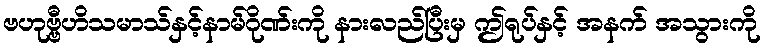
ဗဟုဗ္ဗီဟိသမာသ်နှင့်နာမ်ဂိုဏ်းကို နားလည်ပြီးမှ ဤရုပ်နှင့် အနက် အသွားကို